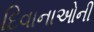
દિવાનાઓની